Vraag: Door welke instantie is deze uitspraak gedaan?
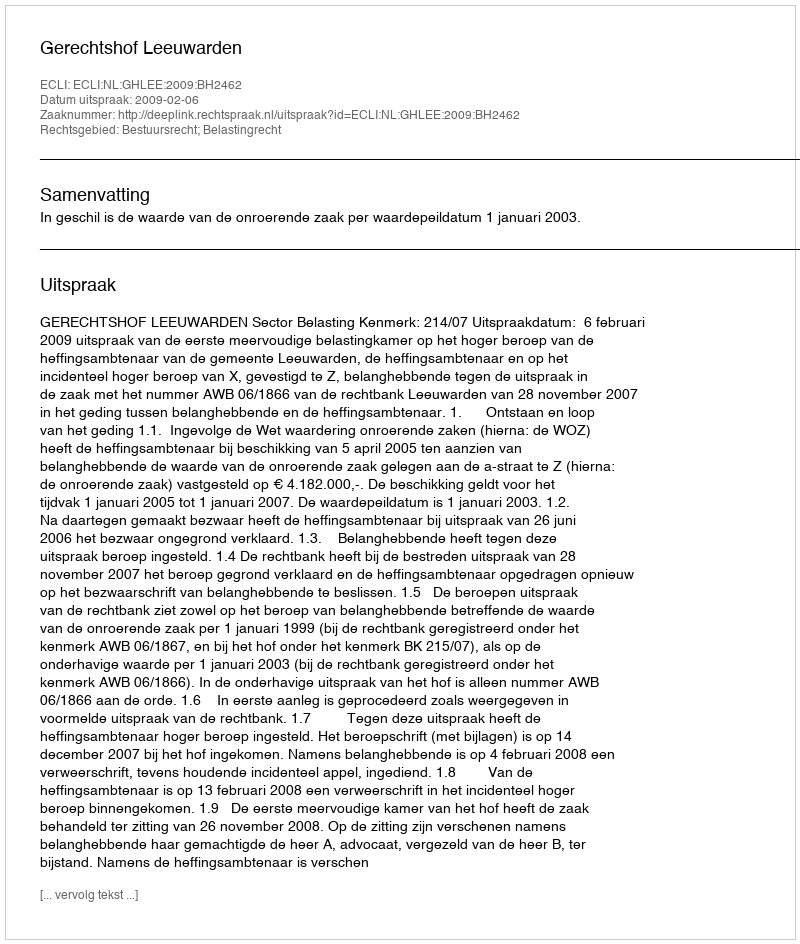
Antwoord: Gerechtshof Leeuwarden